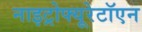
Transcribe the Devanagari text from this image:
नाइट्रोफ्यूरेटॉएन